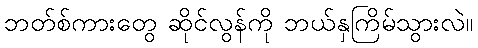
ဘတ်စ်ကားတွေ ဆိုင်လွန်ကို ဘယ်နှကြိမ်သွားလဲ။